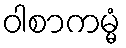
ဝါစာကမ္မံ